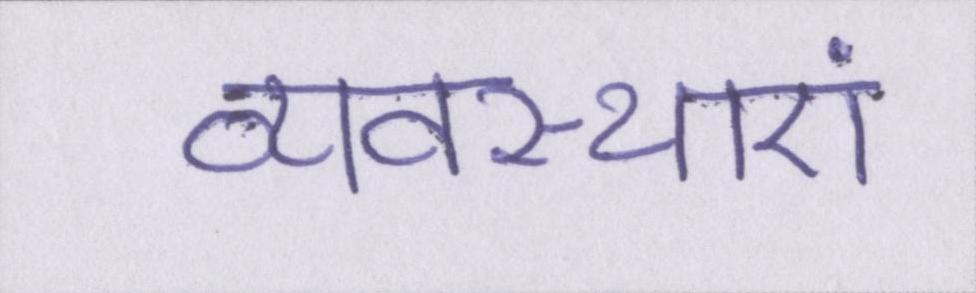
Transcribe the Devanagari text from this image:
व्यवस्थाएं